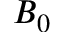
B _ { 0 }